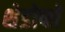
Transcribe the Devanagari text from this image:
शेडोप्ले